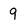
Character: q